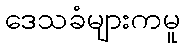
ဒေသခံများကမူ